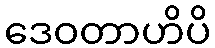
ဒေဝတာဟိပိ